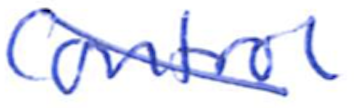
Text: Control
Cross-out: diagonal
Writing tool: ballpoint